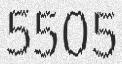
5505